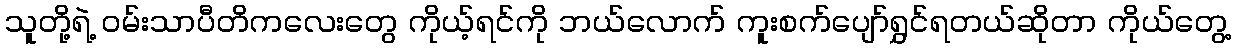
သူတို့ရဲ့ ဝမ်းသာပီတိကလေးတွေ ကိုယ့်ရင်ကို ဘယ်လောက် ကူးစက်ပျော်ရွှင်ရတယ်ဆိုတာ ကိုယ်တွေ့